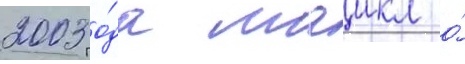
2003 го́да маикл о́